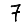
Digit: 7